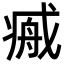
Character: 𢧞